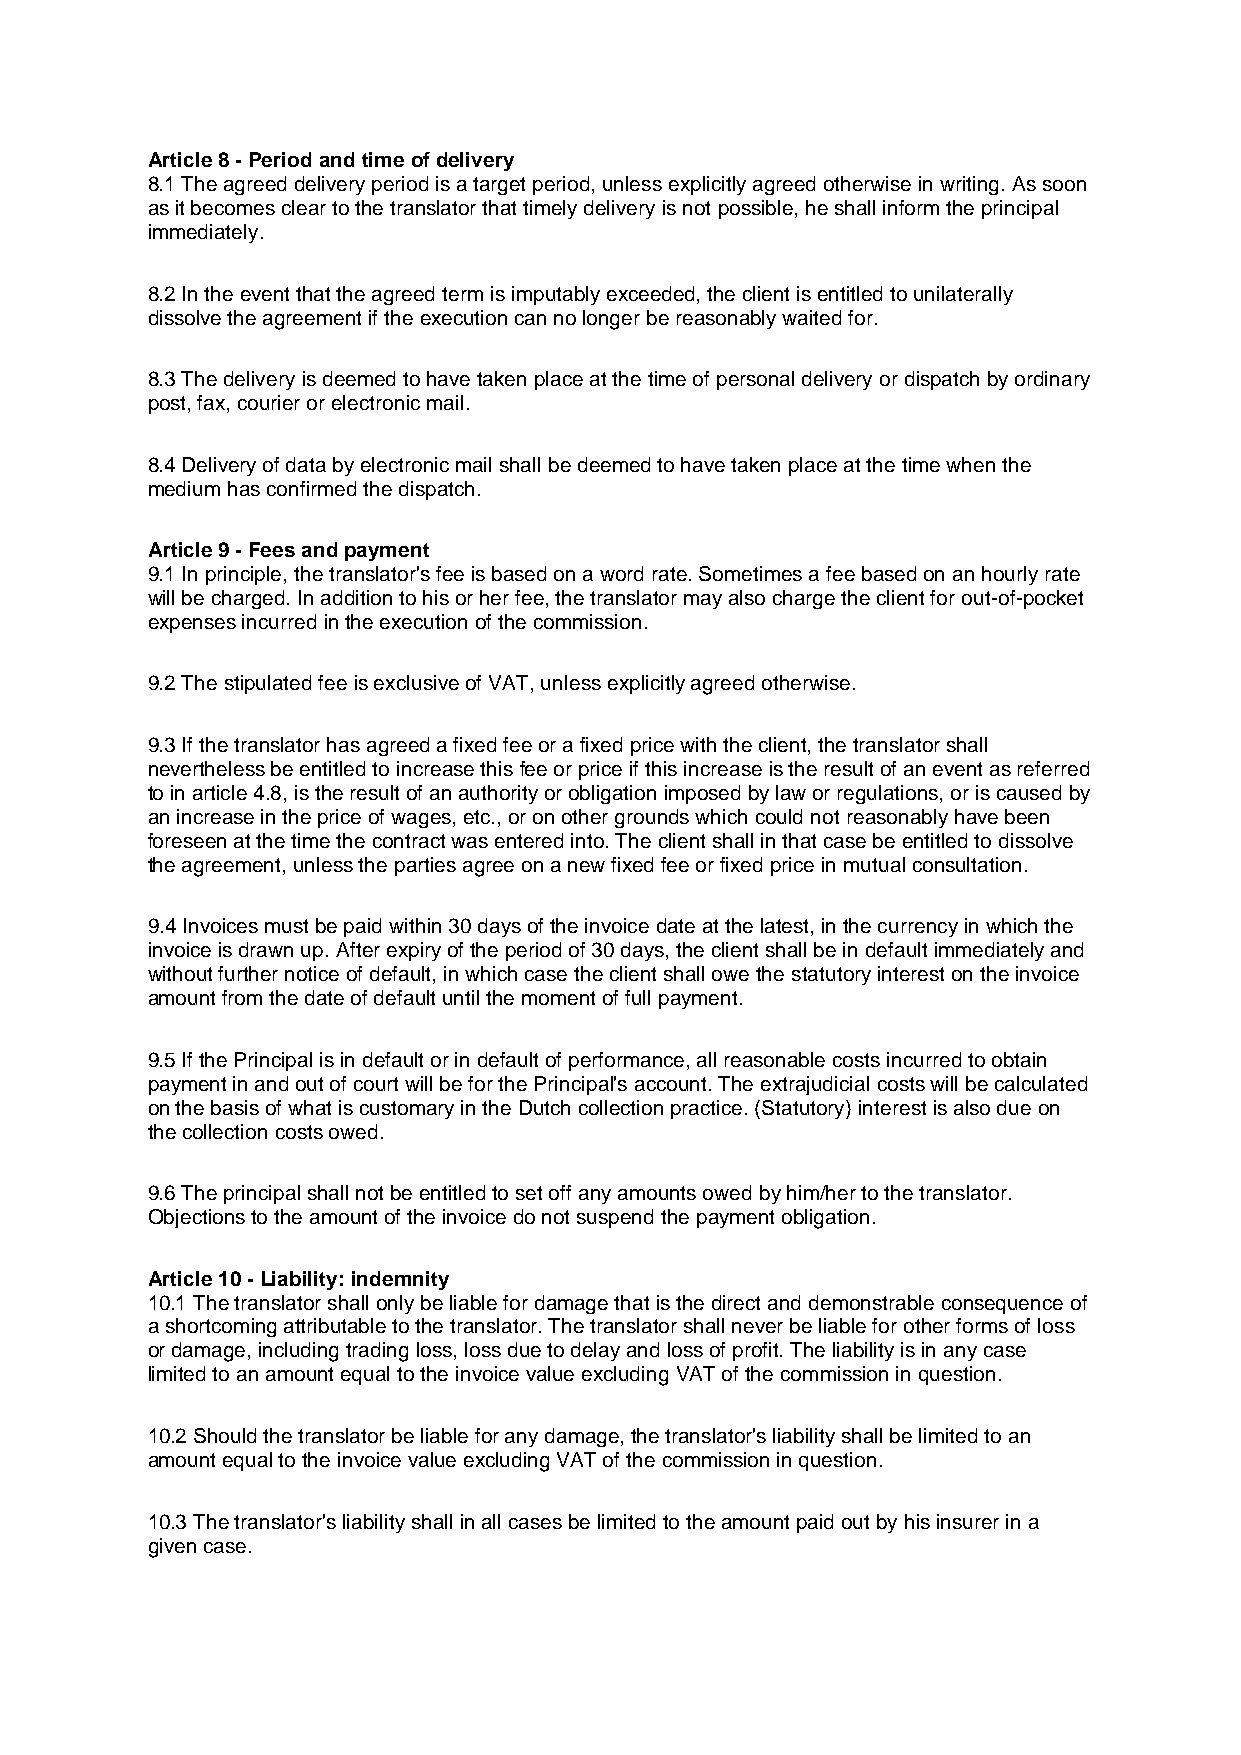
Article 8 - Period and time of delivery
 8.1 The agreed delivery period is a target period, unless explicitly agreed otherwise in writing. As soon
 as it becomes clear to the translator that timely delivery is not possible, he shall inform the principal
 immediately.
 8.2 In the event that the agreed term is imputably exceeded, the client is entitled to unilaterally
 dissolve the agreement if the execution can no longer be reasonably waited for.
 8.3 The delivery is deemed to have taken place at the time of personal delivery or dispatch by ordinary
 post, fax, courier or electronic mail.
 8.4 Delivery of data by electronic mail shall be deemed to have taken place at the time when the
 medium has confirmed the dispatch.
 Article 9 - Fees and payment
 9.1 In principle, the translator's fee is based on a word rate. Sometimes a fee based on an hourly rate
 will be charged. In addition to his or her fee, the translator may also charge the client for out-of-pocket
 expenses incurred in the execution of the commission.
 9.2 The stipulated fee is exclusive of VAT, unless explicitly agreed otherwise.
 9.3 If the translator has agreed a fixed fee or a fixed price with the client, the translator shall
 nevertheless be entitled to increase this fee or price if this increase is the result of an event as referred
 to in article 4.8, is the result of an authority or obligation imposed by law or regulations, or is caused by
 an increase in the price of wages, etc., or on other grounds which could not reasonably have been
 foreseen at the time the contract was entered into. The client shall in that case be entitled to dissolve
 the agreement, unless the parties agree on a new fixed fee or fixed price in mutual consultation.
 9.4 Invoices must be paid within 30 days of the invoice date at the latest, in the currency in which the
 invoice is drawn up. After expiry of the period of 30 days, the client shall be in default immediately and
 without further notice of default, in which case the client shall owe the statutory interest on the invoice
 amount from the date of default until the moment of full payment.
 9.5 If the Principal is in default or in default of performance, all reasonable costs incurred to obtain
 payment in and out of court will be for the Principal's account. The extrajudicial costs will be calculated
 on the basis of what is customary in the Dutch collection practice. (Statutory) interest is also due on
 the collection costs owed.
 9.6 The principal shall not be entitled to set off any amounts owed by him/her to the translator.
 Objections to the amount of the invoice do not suspend the payment obligation.
 Article 10 - Liability: indemnity
 10.1 The translator shall only be liable for damage that is the direct and demonstrable consequence of
 a shortcoming attributable to the translator. The translator shall never be liable for other forms of loss
 or damage, including trading loss, loss due to delay and loss of profit. The liability is in any case
 limited to an amount equal to the invoice value excluding VAT of the commission in question.
 10.2 Should the translator be liable for any damage, the translator's liability shall be limited to an
 amount equal to the invoice value excluding VAT of the commission in question.
 10.3 The translator's liability shall in all cases be limited to the amount paid out by his insurer in a
 given case.